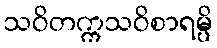
သဝိတက္ကသဝိစာရမ္ပိ